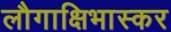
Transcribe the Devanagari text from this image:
लौगाक्षिभास्कर